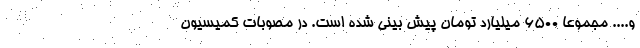
و.... مجموعا ۶۵۰۰ میلیارد تومان پیش بینی شده است. در مصوبات کمیسیون